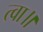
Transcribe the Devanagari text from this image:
त्वा॥